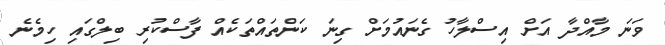
ވަނަ މާއްދާ އަށް އިސްލާހު ގެނައުމަށް ގިނަ ކަންތައްތަކެއް ފާސްކުރި ބިލްގައި ހިމެނެ